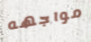
مواجهه